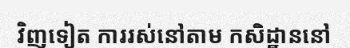
វិញទៀត ការរស់នៅតាម កសិដ្ឋាននៅ